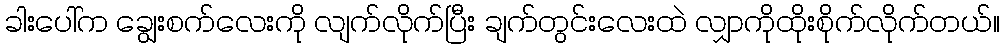
ခါးပေါ်က ချွေးစက်လေးကို လျက်လိုက်ပြီး ချက်တွင်းလေးထဲ လျှာကိုထိုးစိုက်လိုက်တယ်။